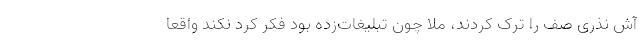
آش نذری صف را ترک کردند، ملا چون تبلیغات‌زده بود فکر کرد نکند واقعا